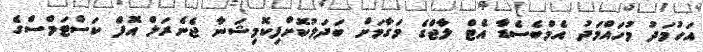
އަހުމަދު މުހައްމަދު އެމްބެސެޑާ އެޓް ލާޖްގެ މަގާމަށް ބަދަލުކޮށްފިކޮމިޝަނާ ޖެނެރަލް އޮފް ކަސްޓަމްސްގެ